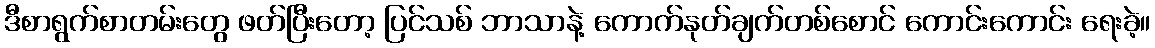
ဒီစာရွက်စာတမ်းတွေ ဖတ်ပြီးတော့ ပြင်သစ် ဘာသာနဲ့ ကောက်နုတ်ချက်တစ်စောင် ကောင်းကောင်း ရေးခဲ့။